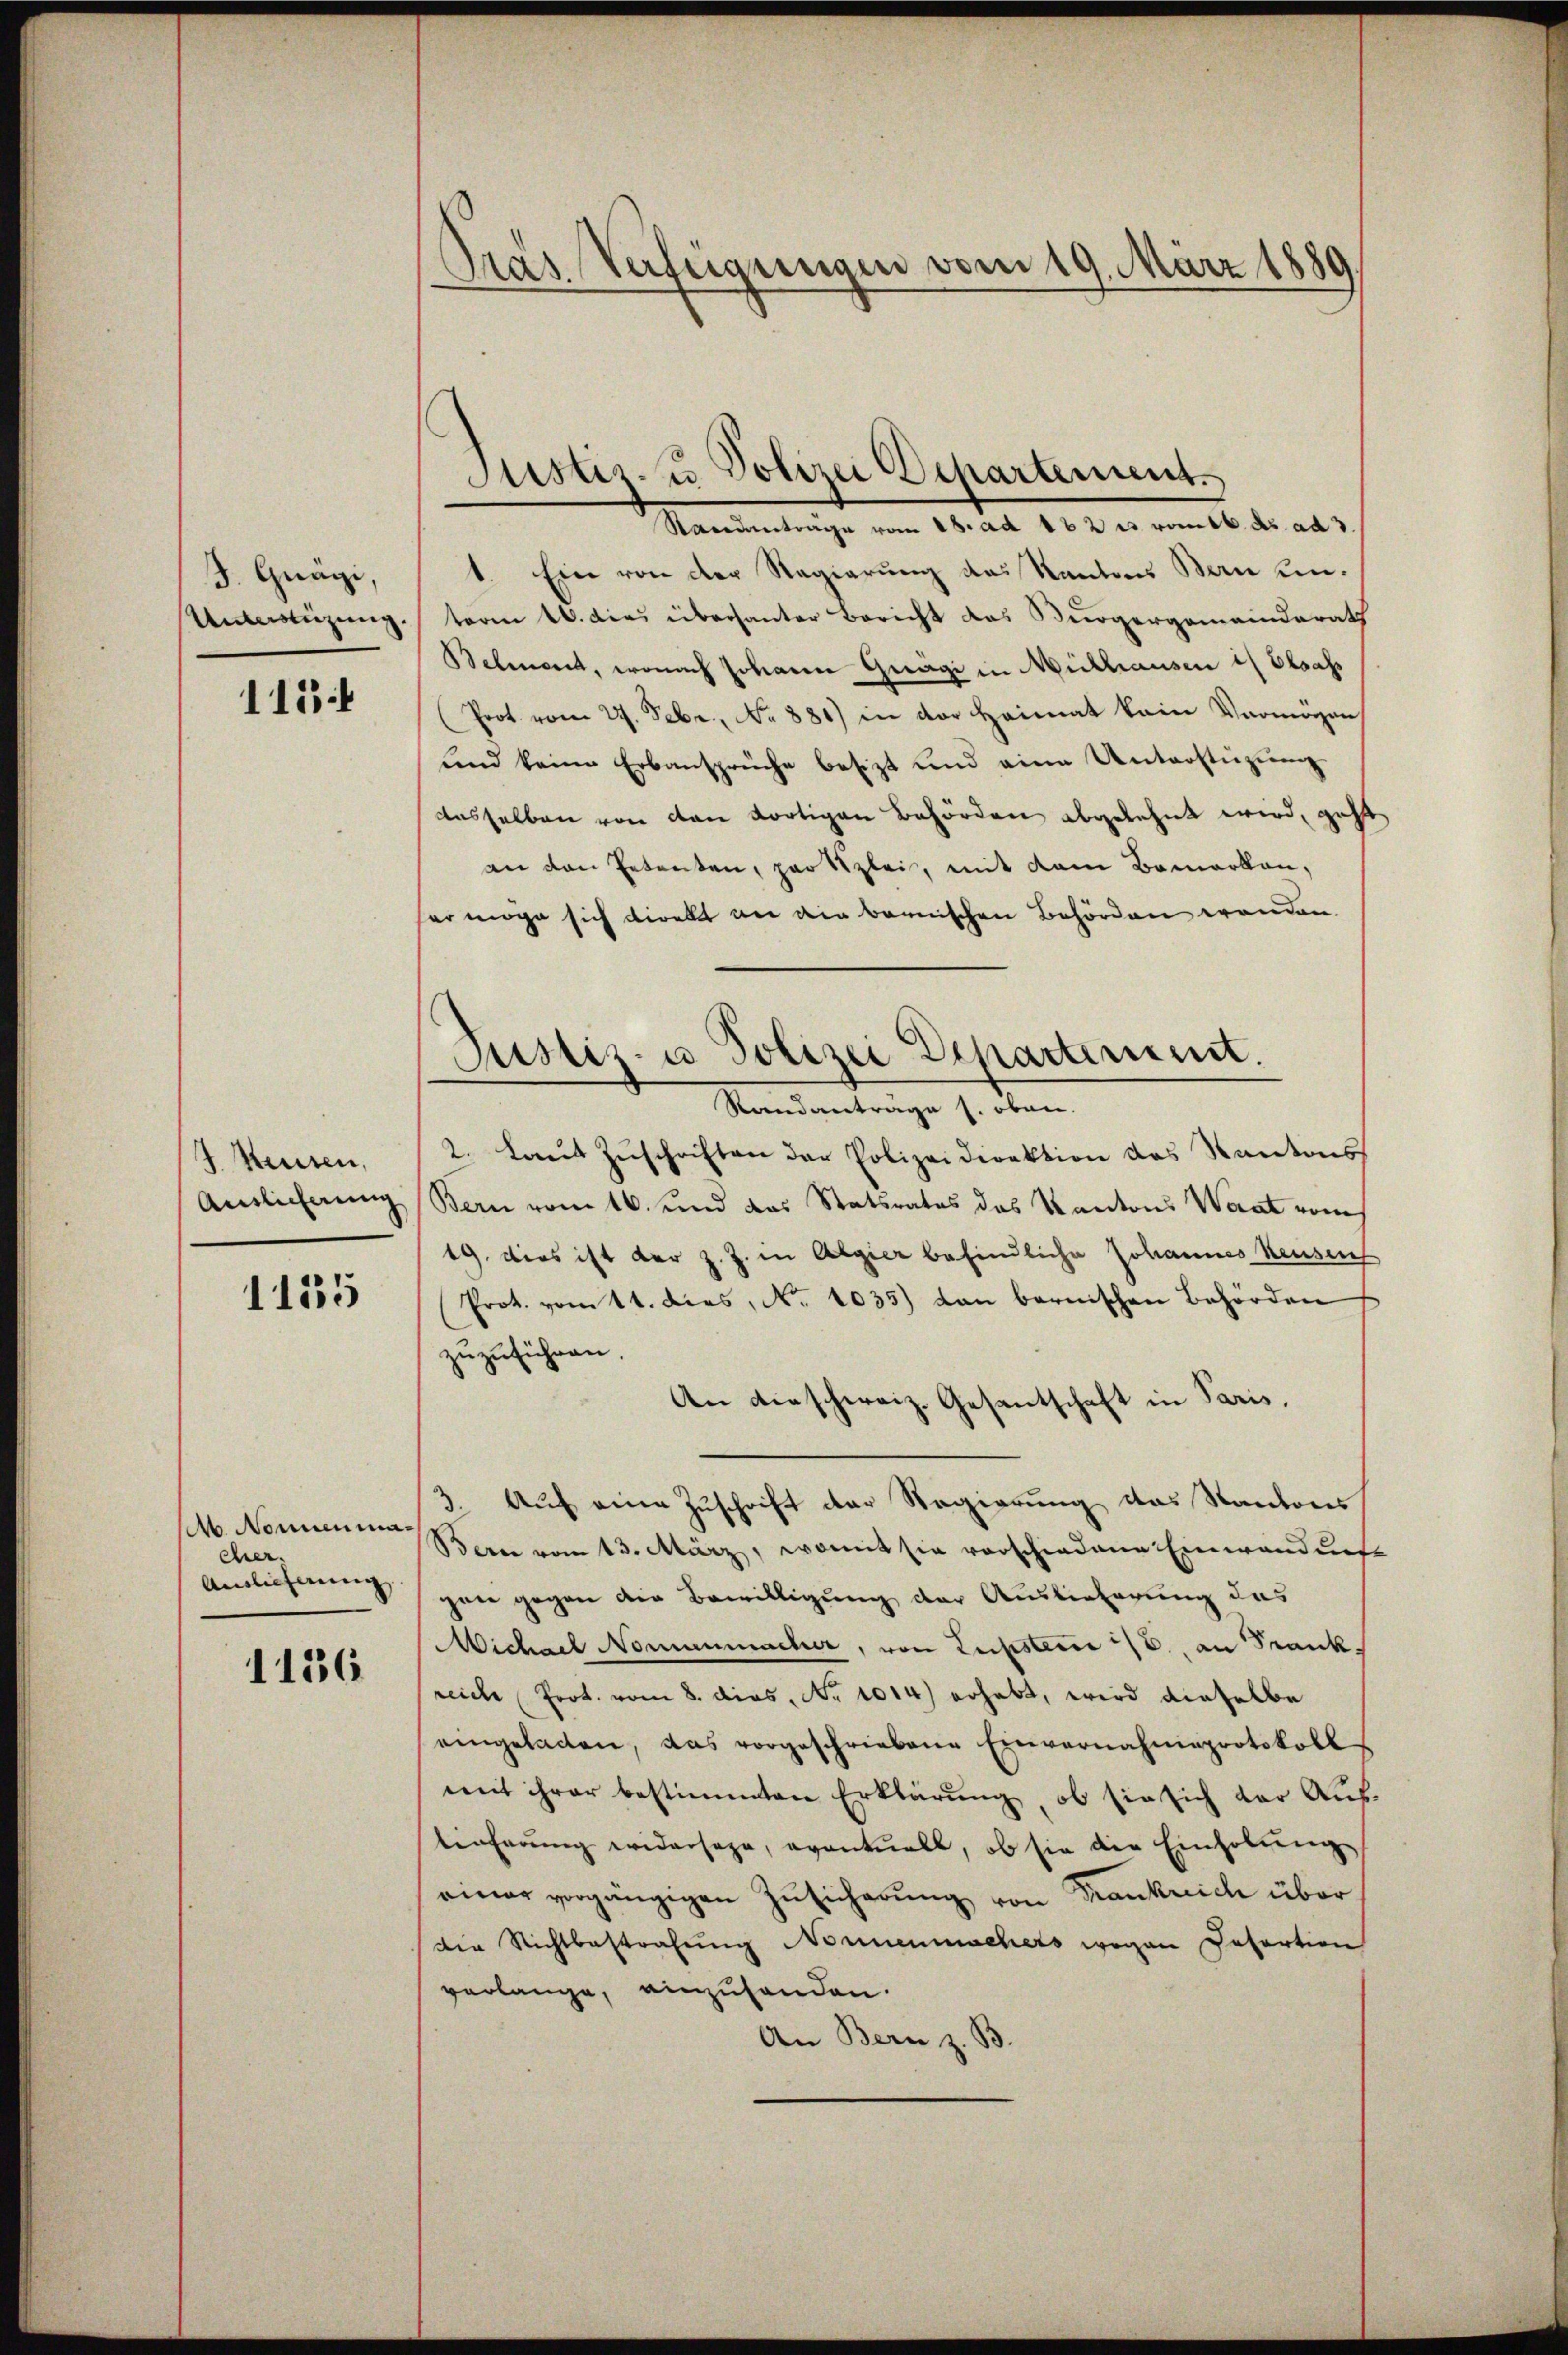
J. Gnägi,
Unterstüzung.

113

4. Heuten,
Auslichnung

1115

Ab. Nonnenmacher.
Auslieferung

1136

Gras Verfügungen vom 19. März 1889

Sistiz- u Polizei Departement.

Standantrage vom 28. ad 162 u. rotb. des ad 3.
1. Ein von der Regierung das Kantons Bern unterm 16. dies überhauter Bericht das Bürgergemeinderath
Beleugnet, wonach Johann Gagi in Mithausen in Elsass
Prot. vom 27. Febr. No 881) in der Heimat kein Vermögen
Lind keine Erbansprüche besizt und eine Unterstüzung
dasselben von den dortigen Behörden abgelehnt wird, geht
an den Petenten, partizlei, mit dem Bemerken,
her möge sich direkt an die bernischen Behörden wenden.
Randantrage s. oben.
2. Laut Zuschriften der Polizeidirektion des Kantons
Bern vom 16. und das Statsrates des Kantons Waat vom
19. dies ist der z. J. in Algier befindliche Johannes Keusen
Prot. vom 11. dies, No. 1035) dan bernischen Behörden
zuzuführen.
An dieschweiz. Gesantschaft in Paris,
3. Auf eine Zuschrift der Regierung das Kantons
Beren vom 13. März, womit sie vorschiedene Einwandunge
gane gegen die Bewilligung der Auslieferung das
Michael Nominmacher, von Lupstere 1/6. an Frankreiche Prot. vom 8. dies, No 1014) erhebt, wird dieselbe
eingeladen, das vorgeschriebene Einvernahmeprotokoll
mit ihrer bestimmten Erklärung, ob sie sich der Auf-
tieferŭng widersage, eventuell, ob sie die Einholŭng
amar vorgängigen Zŭsicherŭng von Frankreich über
die Nichtbestrafŭng Nonnenmachers wegen Datartion
verlange, einzuhanden.
An Bern z. B.

Justiz- u Polizei Departement.
1